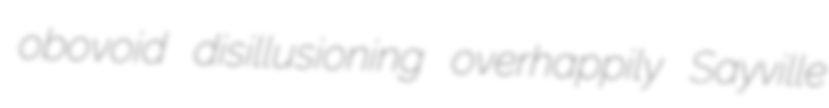
obovoid disillusioning overhappily Sayville